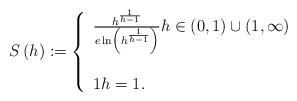
LaTeX: \begin{align*}S\left( h\right) :=\left\{ \begin{array}{l}\frac{h^{\frac{1}{h-1}}}{e\ln \left( h^{\frac{1}{h-1}}\right) }h\in \left( 0,1\right) \cup \left( 1,\infty \right) \\ \\ 1h=1.\end{array}\right. \end{align*}